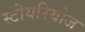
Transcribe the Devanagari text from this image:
स्टीयरियोज